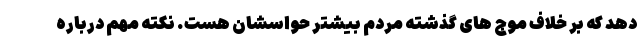
دهد که بر خلاف موج های گذشته مردم بیشتر حواسشان هست. نکته مهم درباره